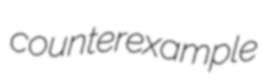
counterexample